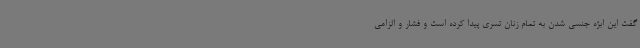
گفت این ابژه جنسی شدن به تمام زنان تسری پیدا کرده است و فشار و الزامی